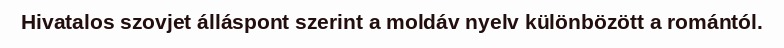
Hivatalos szovjet álláspont szerint a moldáv nyelv különbözött a romántól.